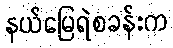
နယ်မြေရဲစခန်းက